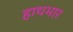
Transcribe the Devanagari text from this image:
हाथभार